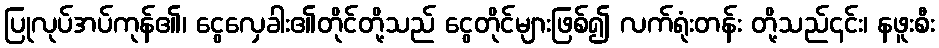
ပြုလုပ်အပ်ကုန်၏၊ ငွေလှေခါး၏တိုင်တို့သည် ငွေတိုင်များဖြစ်၍ လက်ရုံးတန်း တို့သည်၎င်း၊ နဖူးစီး